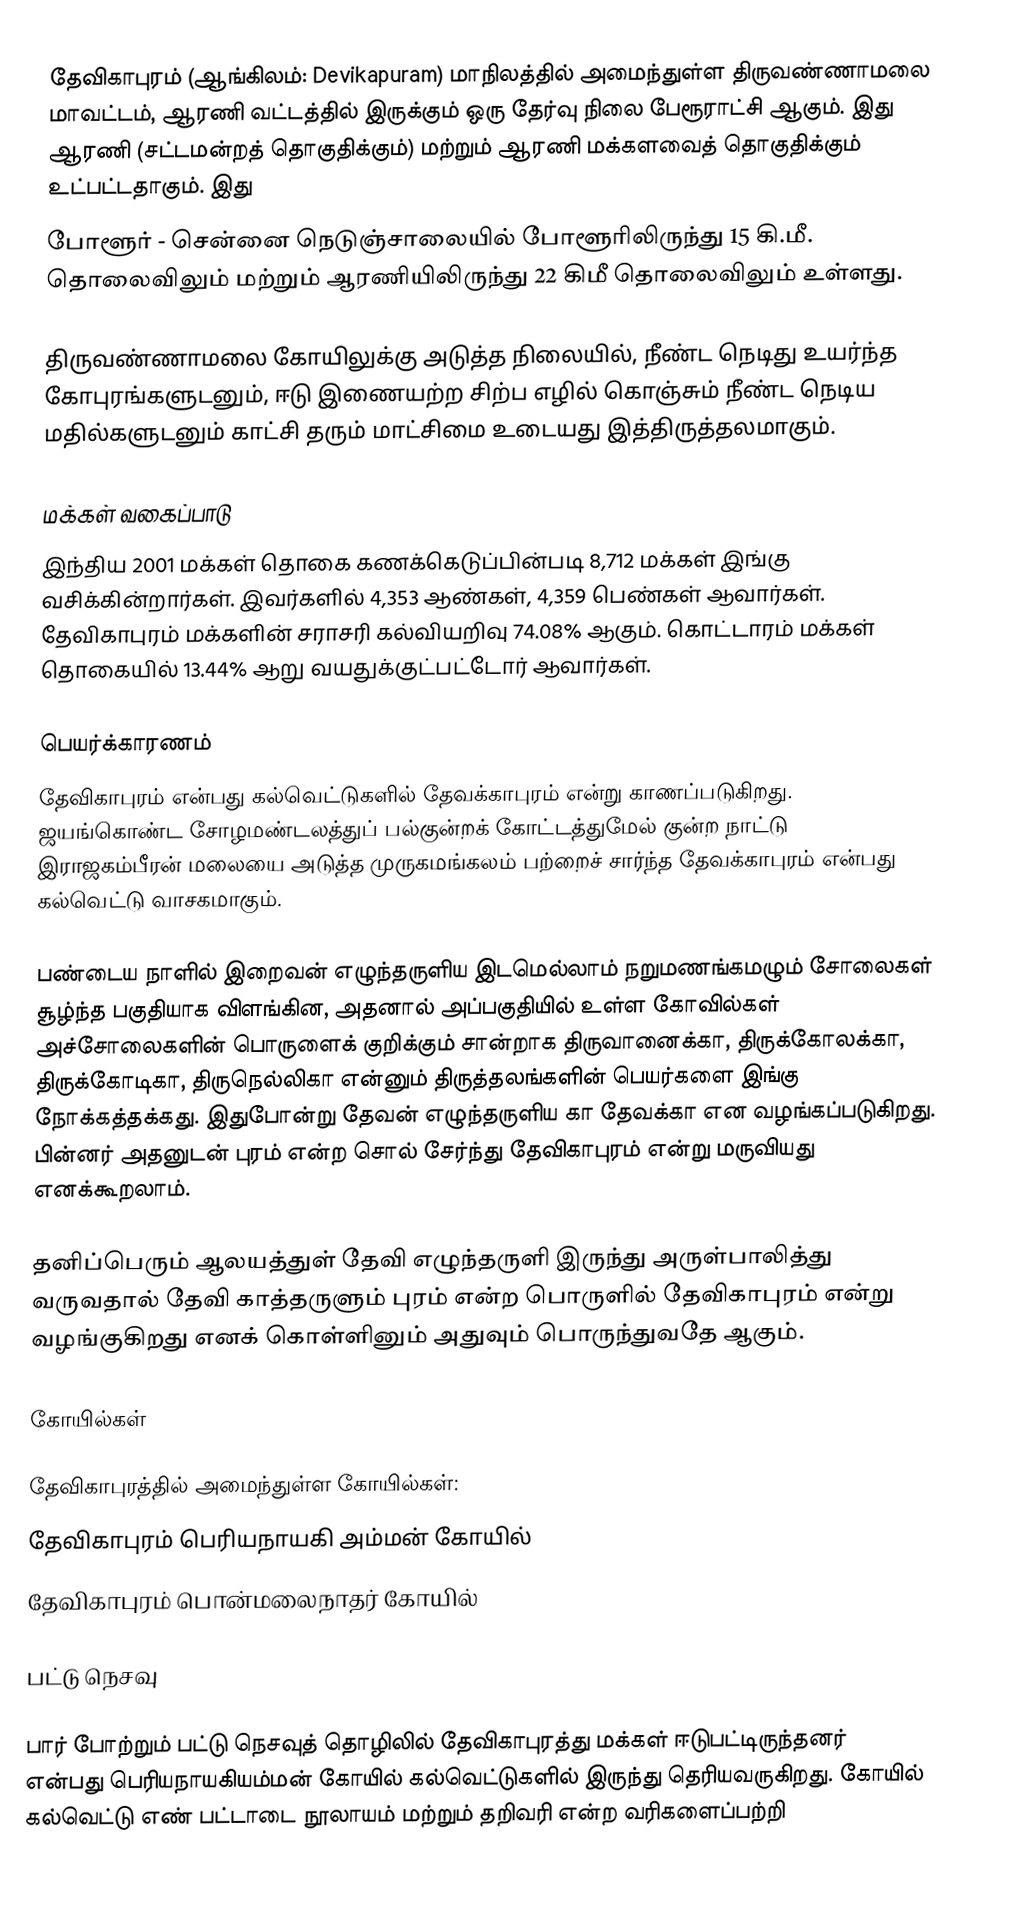
தேவிகாபுரம் (ஆங்கிலம்: Devikapuram) மாநிலத்தில் அமைந்துள்ள திருவண்ணாமலை மாவட்டம்,  ஆரணி வட்டத்தில் இருக்கும்  ஒரு தேர்வு நிலை பேரூராட்சி ஆகும். இது ஆரணி (சட்டமன்றத் தொகுதிக்கும்) மற்றும் ஆரணி மக்களவைத் தொகுதிக்கும் உட்பட்டதாகும். இது
போளூர் - சென்னை நெடுஞ்சாலையில் போளூரிலிருந்து 15 கி.மீ. தொலைவிலும் மற்றும் ஆரணியிலிருந்து 22 கிமீ தொலைவிலும் உள்ளது.

திருவண்ணாமலை கோயிலுக்கு அடுத்த நிலையில், நீண்ட நெடிது உயர்ந்த கோபுரங்களுடனும், ஈடு இணையற்ற சிற்ப எழில் கொஞ்சும் நீண்ட நெடிய மதில்களுடனும் காட்சி தரும் மாட்சிமை உடையது இத்திருத்தலமாகும்.

மக்கள் வகைப்பாடு
இந்திய 2001 மக்கள் தொகை கணக்கெடுப்பின்படி 8,712 மக்கள் இங்கு வசிக்கின்றார்கள்.  இவர்களில் 4,353 ஆண்கள், 4,359 பெண்கள் ஆவார்கள். தேவிகாபுரம் மக்களின் சராசரி கல்வியறிவு 74.08% ஆகும். கொட்டாரம் மக்கள் தொகையில் 13.44% ஆறு வயதுக்குட்பட்டோர் ஆவார்கள்.

பெயர்க்காரணம்
தேவிகாபுரம் என்பது கல்வெட்டுகளில் தேவக்காபுரம் என்று காணப்படுகிறது. ஜயங்கொண்ட சோழமண்டலத்துப் பல்குன்றக் கோட்டத்துமேல் குன்ற நாட்டு இராஜகம்பீரன் மலையை அடுத்த முருகமங்கலம் பற்றைச் சார்ந்த தேவக்காபுரம் என்பது கல்வெட்டு வாசகமாகும்.

பண்டைய நாளில் இறைவன் எழுந்தருளிய இடமெல்லாம் நறுமணங்கமழும் சோலைகள் சூழ்ந்த பகுதியாக விளங்கின, அதனால் அப்பகுதியில் உள்ள கோவில்கள்  அச்சோலைகளின் பொருளைக் குறிக்கும் சான்றாக திருவானைக்கா, திருக்கோலக்கா, திருக்கோடிகா, திருநெல்லிகா என்னும் திருத்தலங்களின் பெயர்களை இங்கு நோக்கத்தக்கது. இதுபோன்று தேவன் எழுந்தருளிய கா தேவக்கா என வழங்கப்படுகிறது. பின்னர் அதனுடன் புரம் என்ற சொல் சேர்ந்து தேவிகாபுரம் என்று மருவியது எனக்கூறலாம்.

தனிப்பெரும் ஆலயத்துள் தேவி எழுந்தருளி இருந்து அருள்பாலித்து வருவதால் தேவி காத்தருளும் புரம் என்ற பொருளில் தேவிகாபுரம் என்று வழங்குகிறது எனக் கொள்ளினும் அதுவும் பொருந்துவதே ஆகும்.

கோயில்கள்

தேவிகாபுரத்தில் அமைந்துள்ள கோயில்கள்:
தேவிகாபுரம் பெரியநாயகி அம்மன் கோயில்
தேவிகாபுரம் பொன்மலைநாதர் கோயில்

பட்டு நெசவு

பார் போற்றும் பட்டு நெசவுத் தொழிலில் தேவிகாபுரத்து மக்கள் ஈடுபட்டிருந்தனர் என்பது பெரியநாயகியம்மன் கோயில் கல்வெட்டுகளில் இருந்து தெரியவருகிறது. கோயில் கல்வெட்டு எண் பட்டாடை நூலாயம் மற்றும் தறிவரி என்ற வரிகளைப்பற்றி